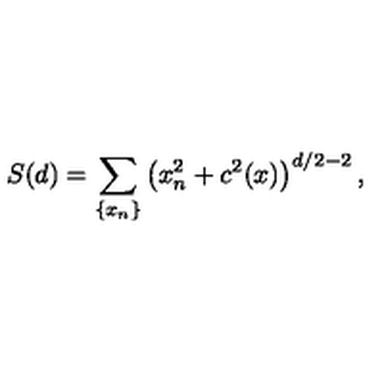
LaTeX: S ( d ) = \sum _ { \{ x _ { n } \} } \left( x _ { n } ^ { 2 } + c ^ { 2 } ( x ) \right) ^ { d / 2 - 2 } ,